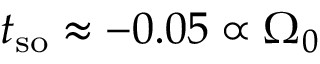
t _ { \mathrm { { s o } } } \approx - 0 . 0 5 \propto \Omega _ { 0 }